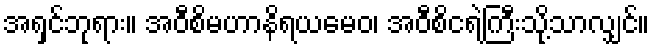
အရှင်ဘုရား။ အဝီစိမဟာနိရယမေဝ၊ အဝီစိငရဲကြီးသို့သာလျှင်။